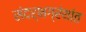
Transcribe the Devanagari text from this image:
संदर्भग्रंथांत